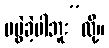
မပွဲခဲ့ပါဘူး”လို့။